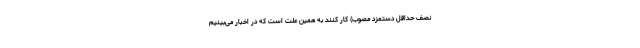
نصف حداقل دستمزد مصوب) کار کنند به همین علت است که در اخبار می‌بینیم